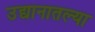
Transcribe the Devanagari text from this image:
उद्यानातल्या